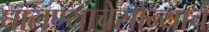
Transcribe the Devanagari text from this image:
घालण्याचेसोन्याचे